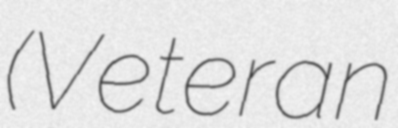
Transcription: (Veteran